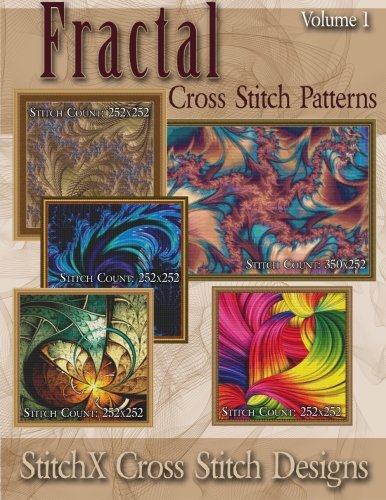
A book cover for Fractal Cross Stitch Patterns (StitchX Fractal Cross Stitch) (Volume 1); Tracy Warrington; Crafts, Hobbies & Home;